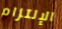
الإلتزام